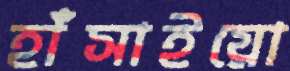
হাঁসাইয়ো